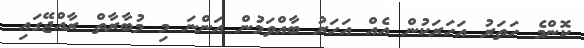
ކޮންމެ ހަތަރު އަހަރަކުން އެއް އަހަރު ބާއްވަމުން އަންނަ މި މުބާރާތް ރާއްޖޭގައި